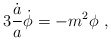
\begin{align*} 3{\dot a \over a}\dot\phi = -{m^2\phi} \ ,\end{align*}